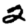
Digit: 2